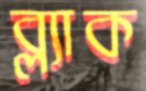
ব্ল্যাক